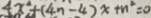
4 x ^ { 2 } + ( 4 n - 4 ) x + n ^ { 2 } = 0